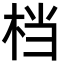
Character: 档